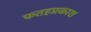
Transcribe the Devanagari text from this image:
फतहप्रकाश